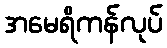
အမေရိကန်လုပ်